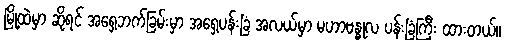
မြို့ထဲမှာ ဆိုရင် အရှေ့ဘက်ခြမ်းမှာ အရှေ့ပန်းခြံ အလယ်မှာ မဟာဗန္ဓုလ ပန်းခြံကြီး ထားတယ်။